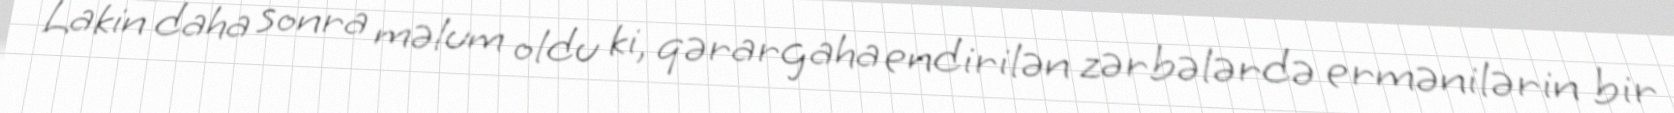
Lakin daha sonra məlum oldu ki, qərargaha endirilən zərbələrdə ermənilərin bir